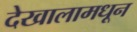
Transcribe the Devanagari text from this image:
देखालामधून